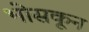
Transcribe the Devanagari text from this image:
भोसकून